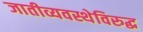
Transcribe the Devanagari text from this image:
जातीव्यवस्थेविरुद्ध